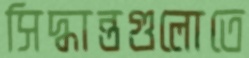
সিদ্ধান্তগুলোতে